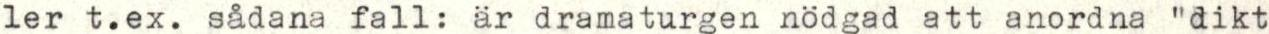
ler t.ex. sådana fall: är dramaturgen nödgad att anordna "dikt